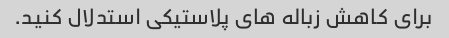
برای کاهش زباله های پلاستیکی استدلال کنید.